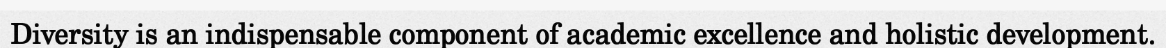
Diversity is an indispensable component of academic excellence and holistic development.